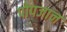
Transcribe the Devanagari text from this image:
पोपजान